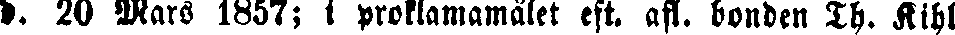
d. 20 Mars 1857; i protlamamälet eft. afl. bonden Th. Kihl